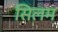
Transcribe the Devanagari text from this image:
सिलम